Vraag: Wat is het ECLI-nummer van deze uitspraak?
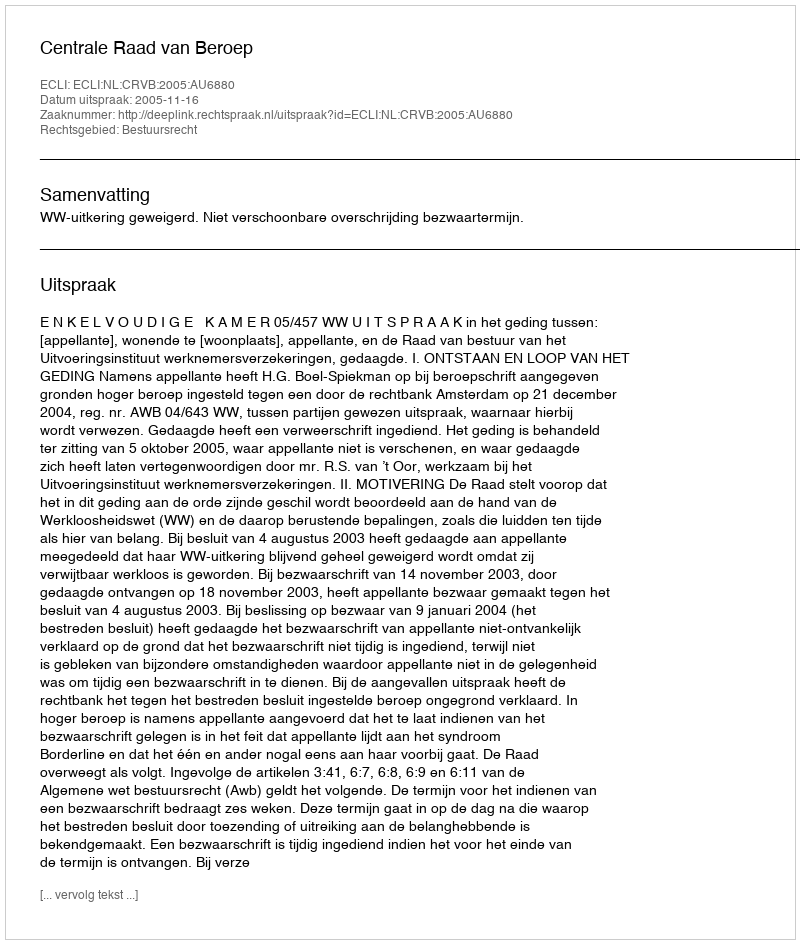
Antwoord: ECLI:NL:CRVB:2005:AU6880